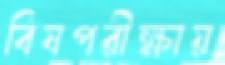
বিষপরীক্ষায়